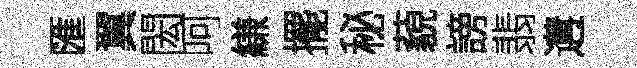
匯翼閎呵縑擺秘藐謗翡遘